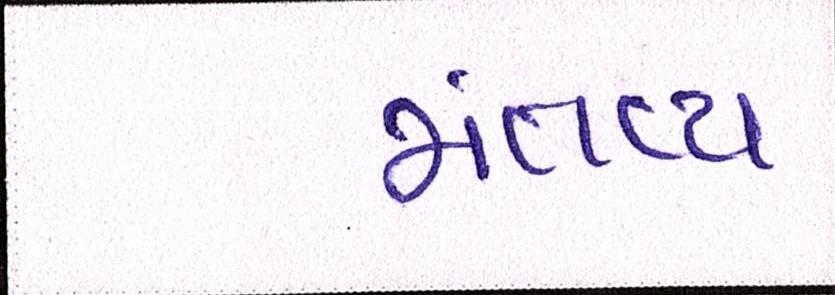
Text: મંતવ્ય